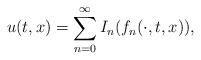
LaTeX: \begin{align*} u(t,x)=\sum_{n=0}^\infty I_n(f_n(\cdot, t,x)),\end{align*}